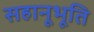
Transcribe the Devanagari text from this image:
सहानूभूति